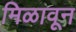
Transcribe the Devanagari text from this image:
मिळावून